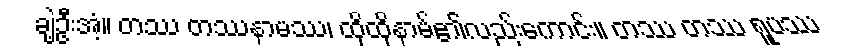
ချဲ့ဦးအံ့။ တဿ တဿနာမဿ၊ ထိုထိုနာမ်၏လည်းကောင်း။ တဿ တဿ ရူပဿ